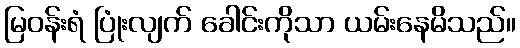
မြဝန်းရံ ပြုံးလျက် ခေါင်းကိုသာ ယမ်းနေမိသည်။